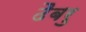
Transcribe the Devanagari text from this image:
ढैबरु